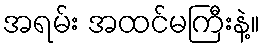
အရမ်း အထင်မကြီးနဲ့။